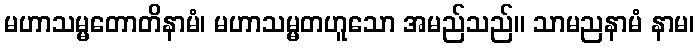
မဟာသမ္မတောတိနာမံ၊ မဟာသမ္မတဟူသော အမည်သည်။ သာမညနာမံ နာမ၊